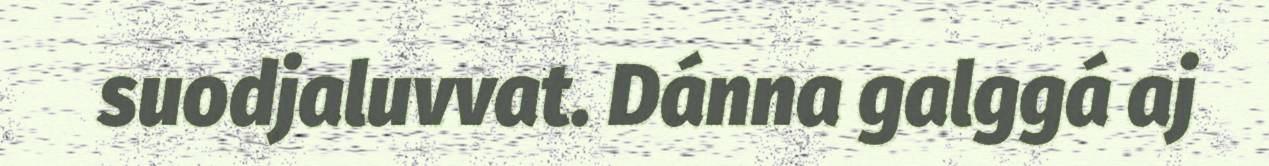
suodjaluvvat. Dánna galggá aj